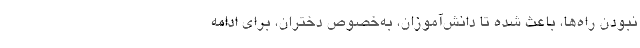
نبودن راه‌ها، باعث شده تا دانش‌آموزان، به‌خصوص دختران، برای ادامه